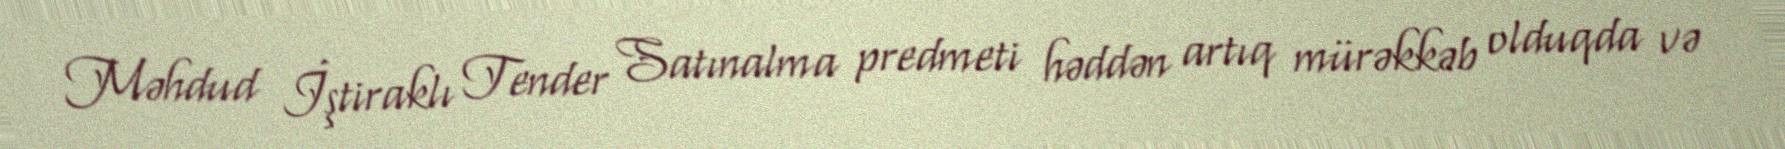
Məhdud İştiraklı Tender Satınalma predmeti həddən artıq mürəkkəb olduqda və